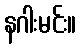
နဂါးမင်း။